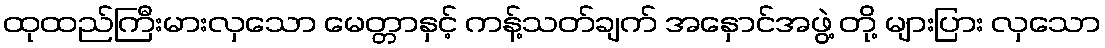
ထုထည်ကြီးမားလှသော မေတ္တာနှင့် ကန့်သတ်ချက် အနှောင်အဖွဲ့ တို့ များပြား လှသော